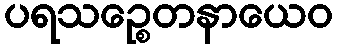
ပရသဉ္စေတနာယေဝ